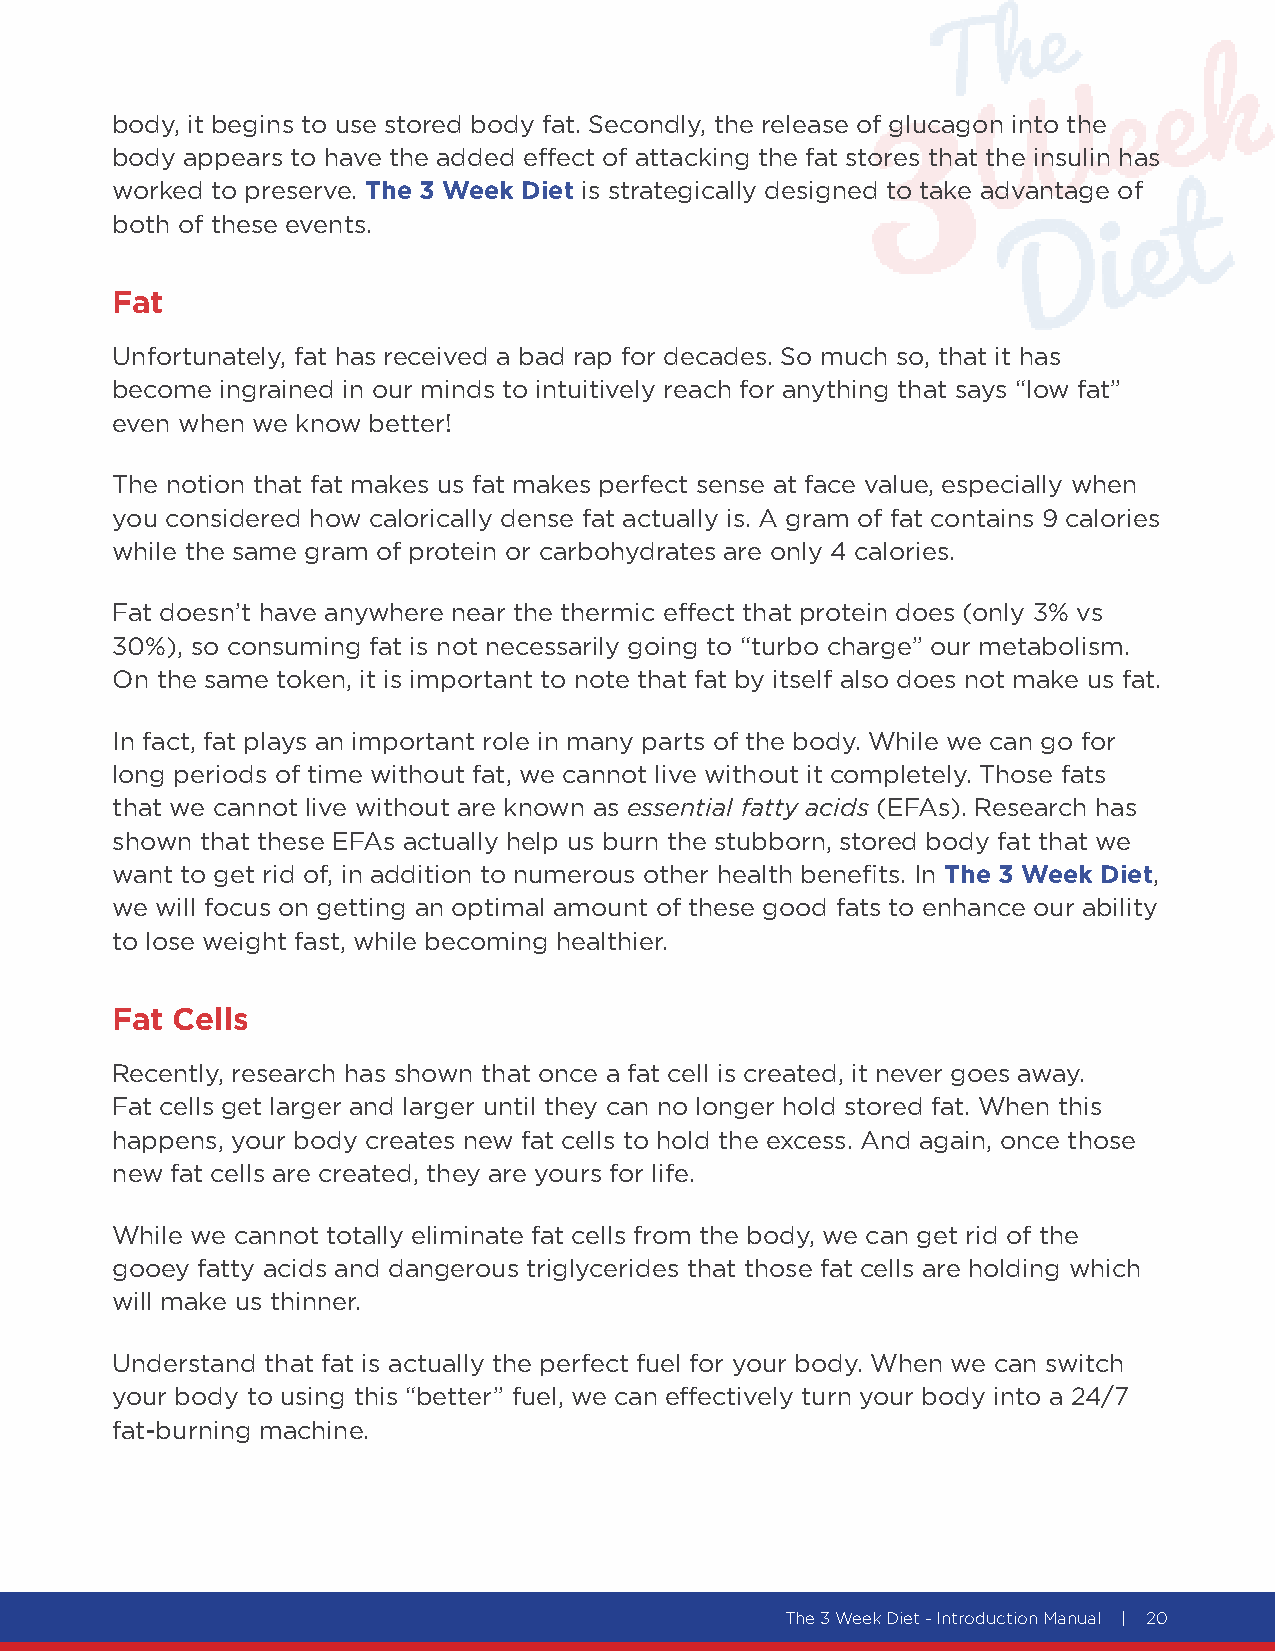
body, it begins to use stored body fat. Secondly, the release of glucagon into the
 body appears to have the added effect of attacking the fat stores that the insulin has
 worked to preserve. The 3 Week Diet is strategically designed to take advantage of
 both of these events.
 Fat
 Unfortunately, fat has received a bad rap for decades. So much so, that it has
 become  ingrained in our minds to intuitively reach for anything that says “low fat”
 even when we know better!
 The notion that fat makes us fat makes perfect sense at face value, especially when
 you considered how calorically dense fat actually is. A gram of fat contains 9 calories
 while the same gram of protein or carbohydrates are only 4 calories.
 Fat doesn’t have anywhere near the thermic effect that protein does (only 3% vs
 30%), so consuming fat is not necessarily going to “turbo charge” our metabolism.
 On the same token, it is important to note that fat by itself also does not make us fat.
 In fact, fat plays an important role in many parts of the body. While we can go for
 long periods of time without fat, we cannot live without it completely. Those fats
 that we cannot live without are known as essential fatty acids (EFAs). Research has
 shown that these EFAs actually help us burn the stubborn, stored body fat that we
 want to get rid of, in addition to numerous other health benefits. In The 3 Week Diet,
 we will focus on getting an optimal amount of these good fats to enhance our ability
 to lose weight fast, while becoming healthier.
 Fat Cells
 Recently, research has shown that once a fat cell is created, it never goes away.
 Fat cells get larger and larger until they can no longer hold stored fat. When this
 happens, your body creates new fat cells to hold the excess. And again, once those
 new fat cells are created, they are yours for life.
 While we cannot totally eliminate fat cells from the body, we can get rid of the
 gooey fatty acids and dangerous triglycerides that those fat cells are holding which
 will make us thinner.
 Understand that fat is actually the perfect fuel for your body. When we can switch
 your body to using this “better” fuel, we can effectively turn your body into a 24/7
 fat-burning machine.
 The 3 Week Diet - Introduction Manual | 20